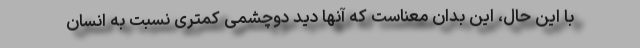
با این حال، این بدان معناست که آنها دید دوچشمی کمتری نسبت به انسان